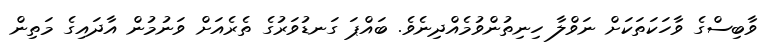
ވާބިސްގެ ވާހަކަތަކަށް ނަވްލާ ހިނިތުންވުމެއްދިނެވެ. ބައްޕަ ގަނޑުވަރުގެ ތެރެއަށް ވަނުމުން އާދައިގެ މަތިން